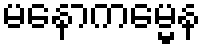
မနောကမ္မေန